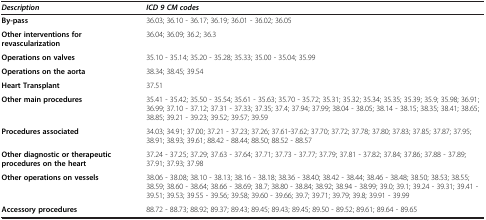
<table><thead><tr><td><b><i>Description</i></b></td><td><b><i>ICD 9 CM codes</i></b></td></tr></thead><tbody><tr><td><b>By-pass</b></td><td>36.03; 36.10 - 36.17; 36.19; 36.01 - 36.02; 36.05</td></tr><tr><td><b>Other interventions for revascularization</b></td><td>36.04; 36.09; 36.2; 36.3</td></tr><tr><td><b>Operations on valves</b></td><td>35.10 - 35.14; 35.20 - 35.28; 35.33; 35.00 - 35.04; 35.99</td></tr><tr><td><b>Operations on the aorta</b></td><td>38.34; 38.45; 39.54</td></tr><tr><td><b>Heart Transplant</b></td><td>37.51</td></tr><tr><td><b>Other main procedures</b></td><td>35.41 - 35.42; 35.50 - 35.54; 35.61 - 35.63; 35.70 - 35.72; 35.31; 35.32; 35.34; 35.35; 35.39; 35.9; 35.98; 36.91; 36.99; 37.10 - 37.12; 37.31 - 37.33; 37.35; 37.4; 37.94; 37.99; 38.04 - 38.05; 38.14 - 38.15; 38.35; 38.41; 38.65; 38.85; 39.21 - 39.23; 39.52; 39.57; 39.59</td></tr><tr><td><b>Procedures associated</b></td><td>34.03; 34.91; 37.00; 37.21 - 37.23; 37.26; 37.61-37.62; 37.70; 37.72; 37.78; 37.80; 37.83; 37.85; 37.87; 37.95; 38.91; 38.93; 39.61; 88.42 - 88.44; 88.50; 88.52 - 88.57</td></tr><tr><td><b>Other diagnostic or therapeutic procedures on the heart</b></td><td>37.24 - 37.25; 37.29; 37.63 - 37.64; 37.71; 37.73 - 37.77; 37.79; 37.81 - 37.82; 37.84; 37.86; 37.88 - 37.89; 37.91; 37.93; 37.98</td></tr><tr><td><b>Other operations on vessels</b></td><td>38.06 - 38.08; 38.10 - 38.13; 38.16 - 38.18; 38.36 - 38.40; 38.42 - 38.44; 38.46 - 38.48; 38.50; 38.53; 38.55; 38.59; 38.60 - 38.64; 38.66 - 38.69; 38.7; 38.80 - 38.84; 38.92; 38.94 - 38.99; 39.0; 39.1; 39.24 - 39.31; 39.41 - 39.51; 39.53; 39.55 - 39.56; 39.58; 39.60 - 39.66; 39.7; 39.71; 39.79; 39.8; 39.91 - 39.99</td></tr><tr><td><b>Accessory procedures</b></td><td>88.72 - 88.73; 88.92; 89.37; 89.43; 89.45; 89.43; 89.45; 89.50 - 89.52; 89.61; 89.64 - 89.65</td></tr></tbody></table>